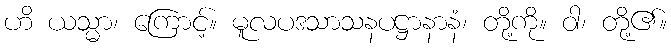
ဟိ ယသ္မာ၊ ကြောင့်။ မူလပဒသာသနပဋ္ဌာနာနံ၊ တို့ကို။ ဝါ၊ တို့၏။